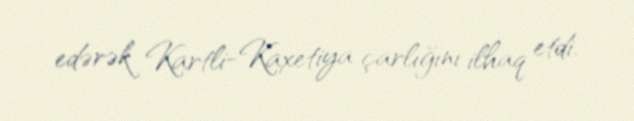
edərək Kartli-Kaxetiya çarlığını ilhaq etdi.